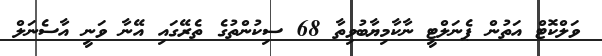
ވަލްކޮޓް އަތުން ޕެނަލްޓީ ނާކާމިޔާބުވިތާ 68 ސިކުންތުގެ ތެރޭގައި އޭނާ ވަނީ އާސެނަލް